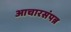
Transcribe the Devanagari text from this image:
आचारसंपन्न